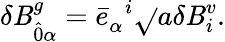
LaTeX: \delta\mathit{B}_{\hat{{0}}\alpha}^{g}={\bar{{e}}}_{\alpha}^{\; \; i}\sqrt{}{{a}}\delta\mathit{B}_{i}^{v}.